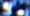
ولدت